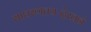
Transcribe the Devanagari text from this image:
साधरणतयःदेखने